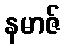
နမာဇ်